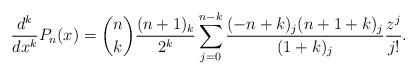
LaTeX: \begin{align*}\dfrac{d^{k}}{dx^{k}}P_{n}(x)= {n \choose k} \dfrac{(n+1)_{k}}{2^{k}} \sum_{j=0}^{n-k}\dfrac{(-n+k)_{j}(n+1+k)_{j}}{(1+k)_{j}}\dfrac{z^{j}}{j!}.\end{align*}